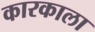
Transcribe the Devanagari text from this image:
कारकाला